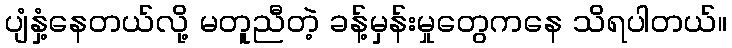
ပျံနှံ့နေတယ်လို့ မတူညီတဲ့ ခန့်မှန်းမှုတွေကနေ သိရပါတယ်။